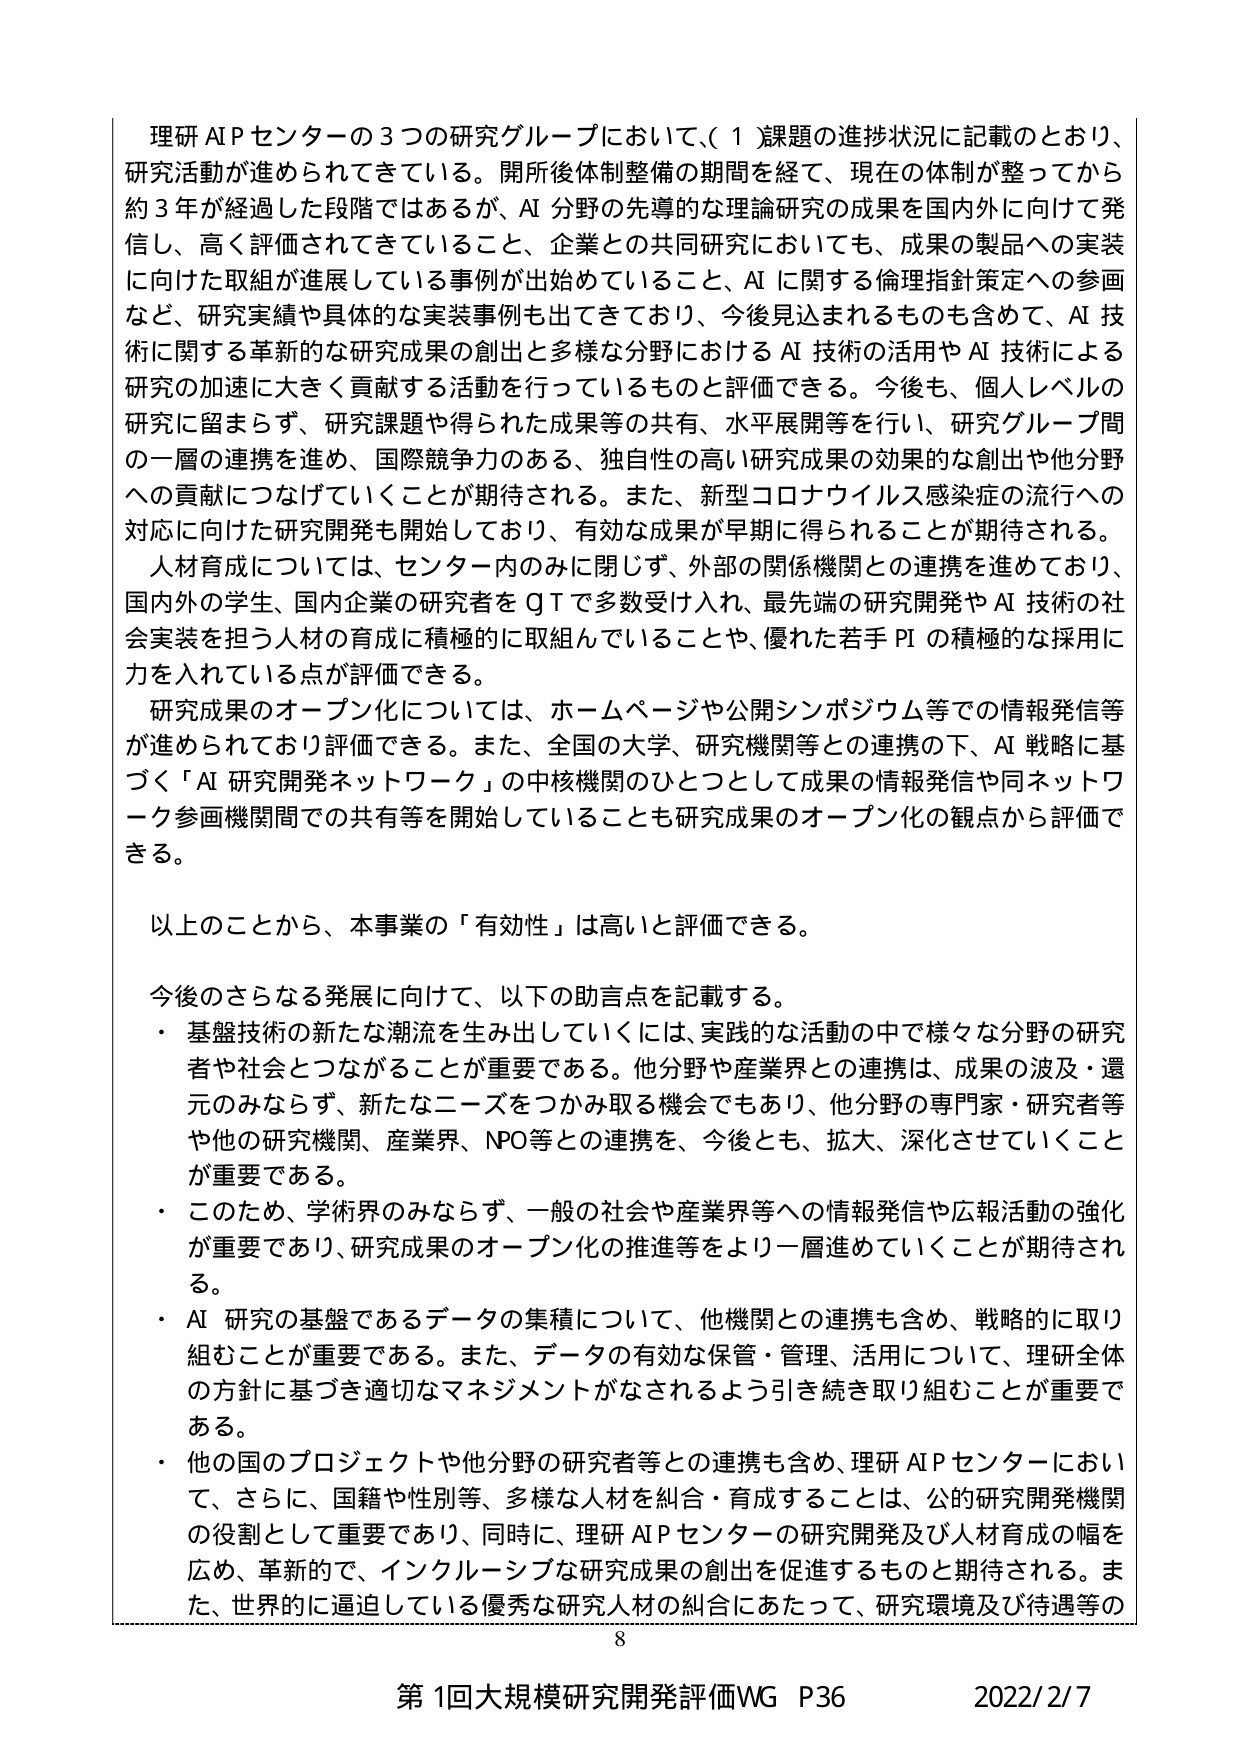
理研 AI P センターの３つの研究グループにおいて、（１）課題の進捗状況に記載のとおり、研究活動が進められてきている。開所後体制整備の期間を経て、現在の体制が整ってから約３年が経過した段階ではあるが、AI 分野の先導的な理論研究の成果を国内外に向けて発信し、高く評価されてきていること、企業との共同研究においても、成果の製品への実装に向けた取組が進展している事例が出始めていること、AI に関する倫理指針策定への参画など、研究実績や具体的な実装事例も出てきており、今後見込まれるものも含めて、AI 技術に関する革新的な研究成果の創出と多様な分野における AI 技術の活用や AI 技術による研究の加速に大きく貢献する活動を行っているものと評価できる。今後も、個人レベルの研究に留まらず、研究課題や得られた成果等の共有、水平展開等を行い、研究グループ間の一層の連携を進め、国際競争力のある、独自性の高い研究成果の効果的な創出や他分野への貢献につなげていくことが期待される。また、新型コロナウイルス感染症の流行への対応に向けた研究開発も開始しており、有効な成果が早期に得られることが期待される。

人材育成については、センター内のみに閉じず、外部の関係機関との連携を進めており、国内外の学生、国内企業の研究者を QT で多数受け入れ、最先端の研究開発や AI 技術の社会実装を担う人材の育成に積極的に取組んでいることや、優れた若手 PI の積極的な採用に力を入れている点が評価できる。

研究成果のオープン化については、ホームページや公開シンポジウム等での情報発信等が進められており評価できる。また、全国の大学、研究機関等との連携の下、AI 戦略に基づく「AI 研究開発ネットワーク」の中核機関のひとつとして成果の情報発信や同ネットワーク参画機関間での共有等を開始していることも研究成果のオープン化の観点から評価できる。

以上のことから、本事業の「有効性」は高いと評価できる。

今後のさらなる発展に向けて、以下の助言点を記載する。
・ 基盤技術の新たな潮流を生み出していくには、実践的な活動の中で様々な分野の研究者や社会とつながることが重要である。他分野や産業界との連携は、成果の波及・還元のみならず、新たなニーズをつかみ取る機会でもあり、他分野の専門家・研究者等や他の研究機関、産業界、NPO 等との連携を、今後とも、拡大、深化させていくことが重要である。
・ このため、学術界のみならず、一般の社会や産業界等への情報発信や広報活動の強化が重要であり、研究成果のオープン化の推進等をより一層進めていくことが期待される。
・ AI 研究の基盤であるデータの集積について、他機関との連携も含め、戦略的に取り組むことが重要である。また、データの有効な保管・管理、活用について、理研全体の方針に基づき適切なマネジメントがなされるよう引き続き取り組むことが重要である。
・ 他の国のプロジェクトや他分野の研究者等との連携も含め、理研 AI P センターにおいて、さらに、国籍や性別等、多様な人材を紹合・育成することは、公的研究開発機関の役割として重要であり、同時に、理研 AI P センターの研究開発及び人材育成の幅を広め、革新的で、インクルーシブな研究成果の創出を促進するものと期待される。また、世界的に逼迫している優秀な研究人材の紹合にあたって、研究環境及び待遇等の

8
第1回大規模研究開発評価WG P36 2022/2/7